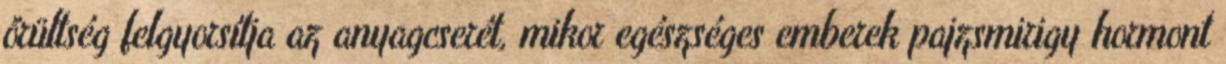
őrültség felgyorsítja az anyagcserét, mikor egészséges emberek pajzsmirigy hormont